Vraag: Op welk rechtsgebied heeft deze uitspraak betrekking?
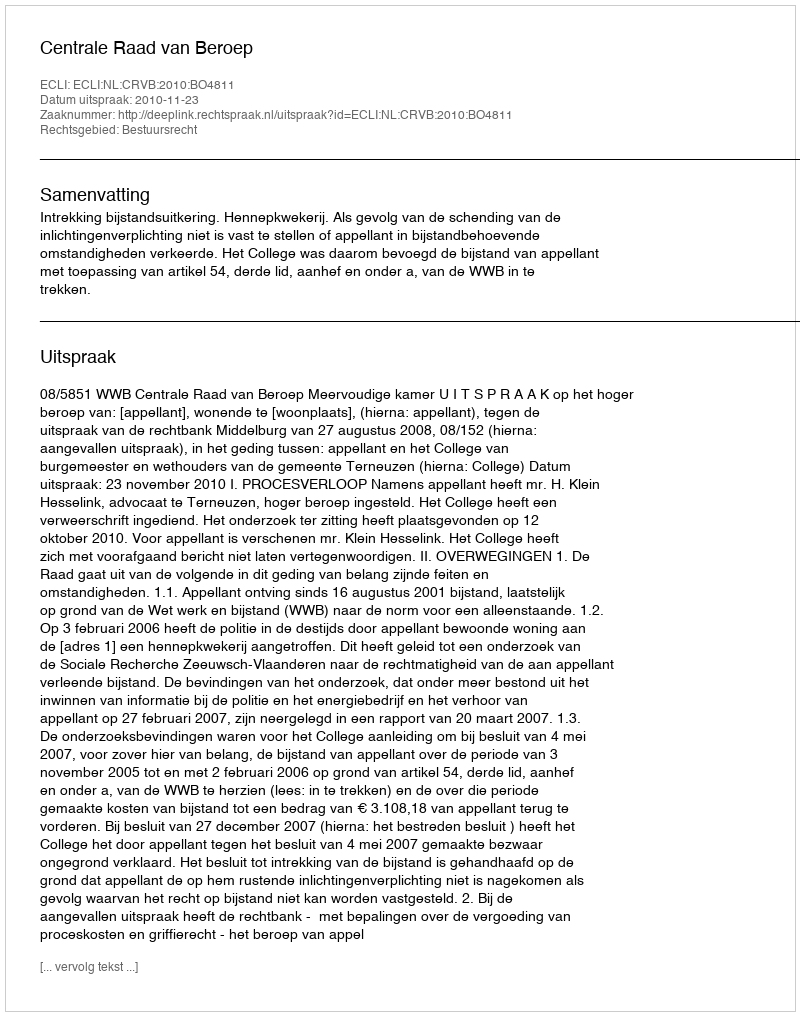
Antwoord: Bestuursrecht